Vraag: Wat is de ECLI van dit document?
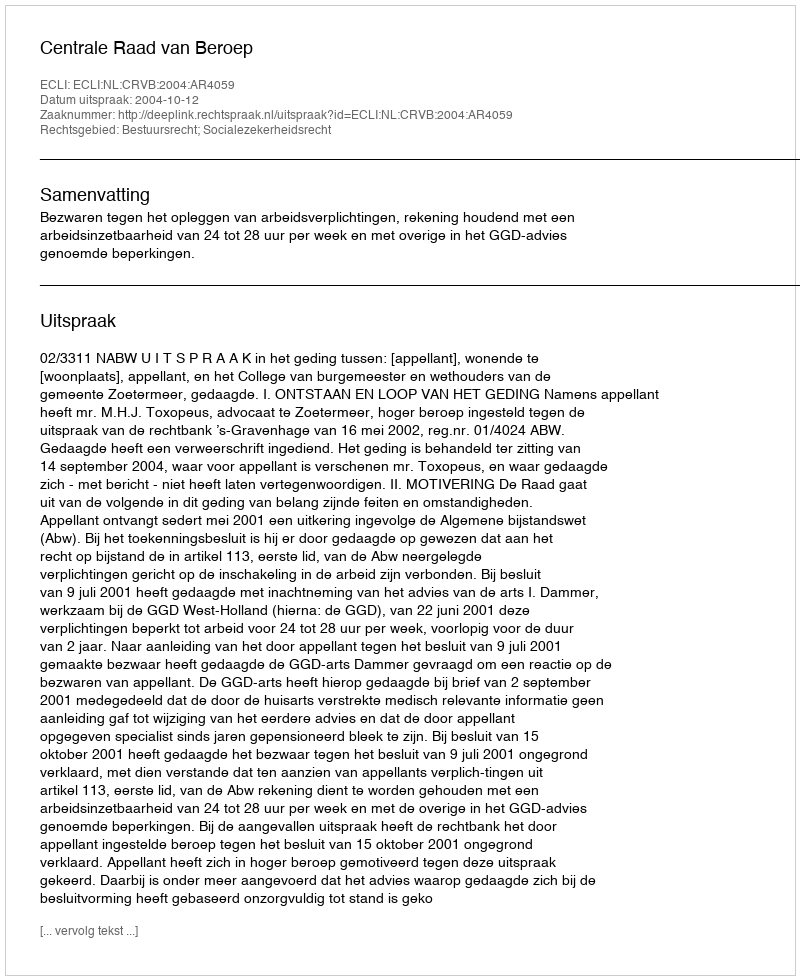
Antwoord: ECLI:NL:CRVB:2004:AR4059